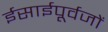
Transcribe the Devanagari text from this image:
ईसाईपूर्वजों